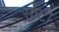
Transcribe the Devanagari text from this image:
सोंटी